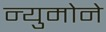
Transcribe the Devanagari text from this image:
न्युमोने